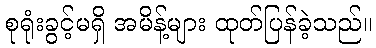
စုရုံးခွင့်မရှိ အမိန့်များ ထုတ်ပြန်ခဲ့သည်။